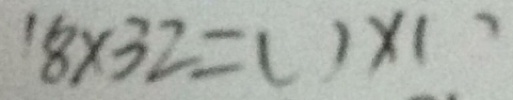
1 8 \times 3 2 = ( ) \times ( )